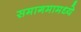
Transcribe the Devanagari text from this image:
समागमामध्ये